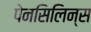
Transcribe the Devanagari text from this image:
पेनसिलिन्स